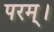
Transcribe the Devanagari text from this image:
परम्‌।